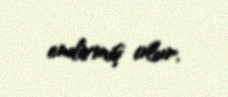
endirmiş olur.